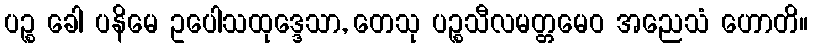
ပဉ္စ ခေါ ပနိမေ ဥပေါသထုဒ္ဒေသာ, တေသု ပဉ္စသီလမတ္တမေဝ အညေသံ ဟောတိ။